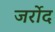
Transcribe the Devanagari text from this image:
जर्रोद